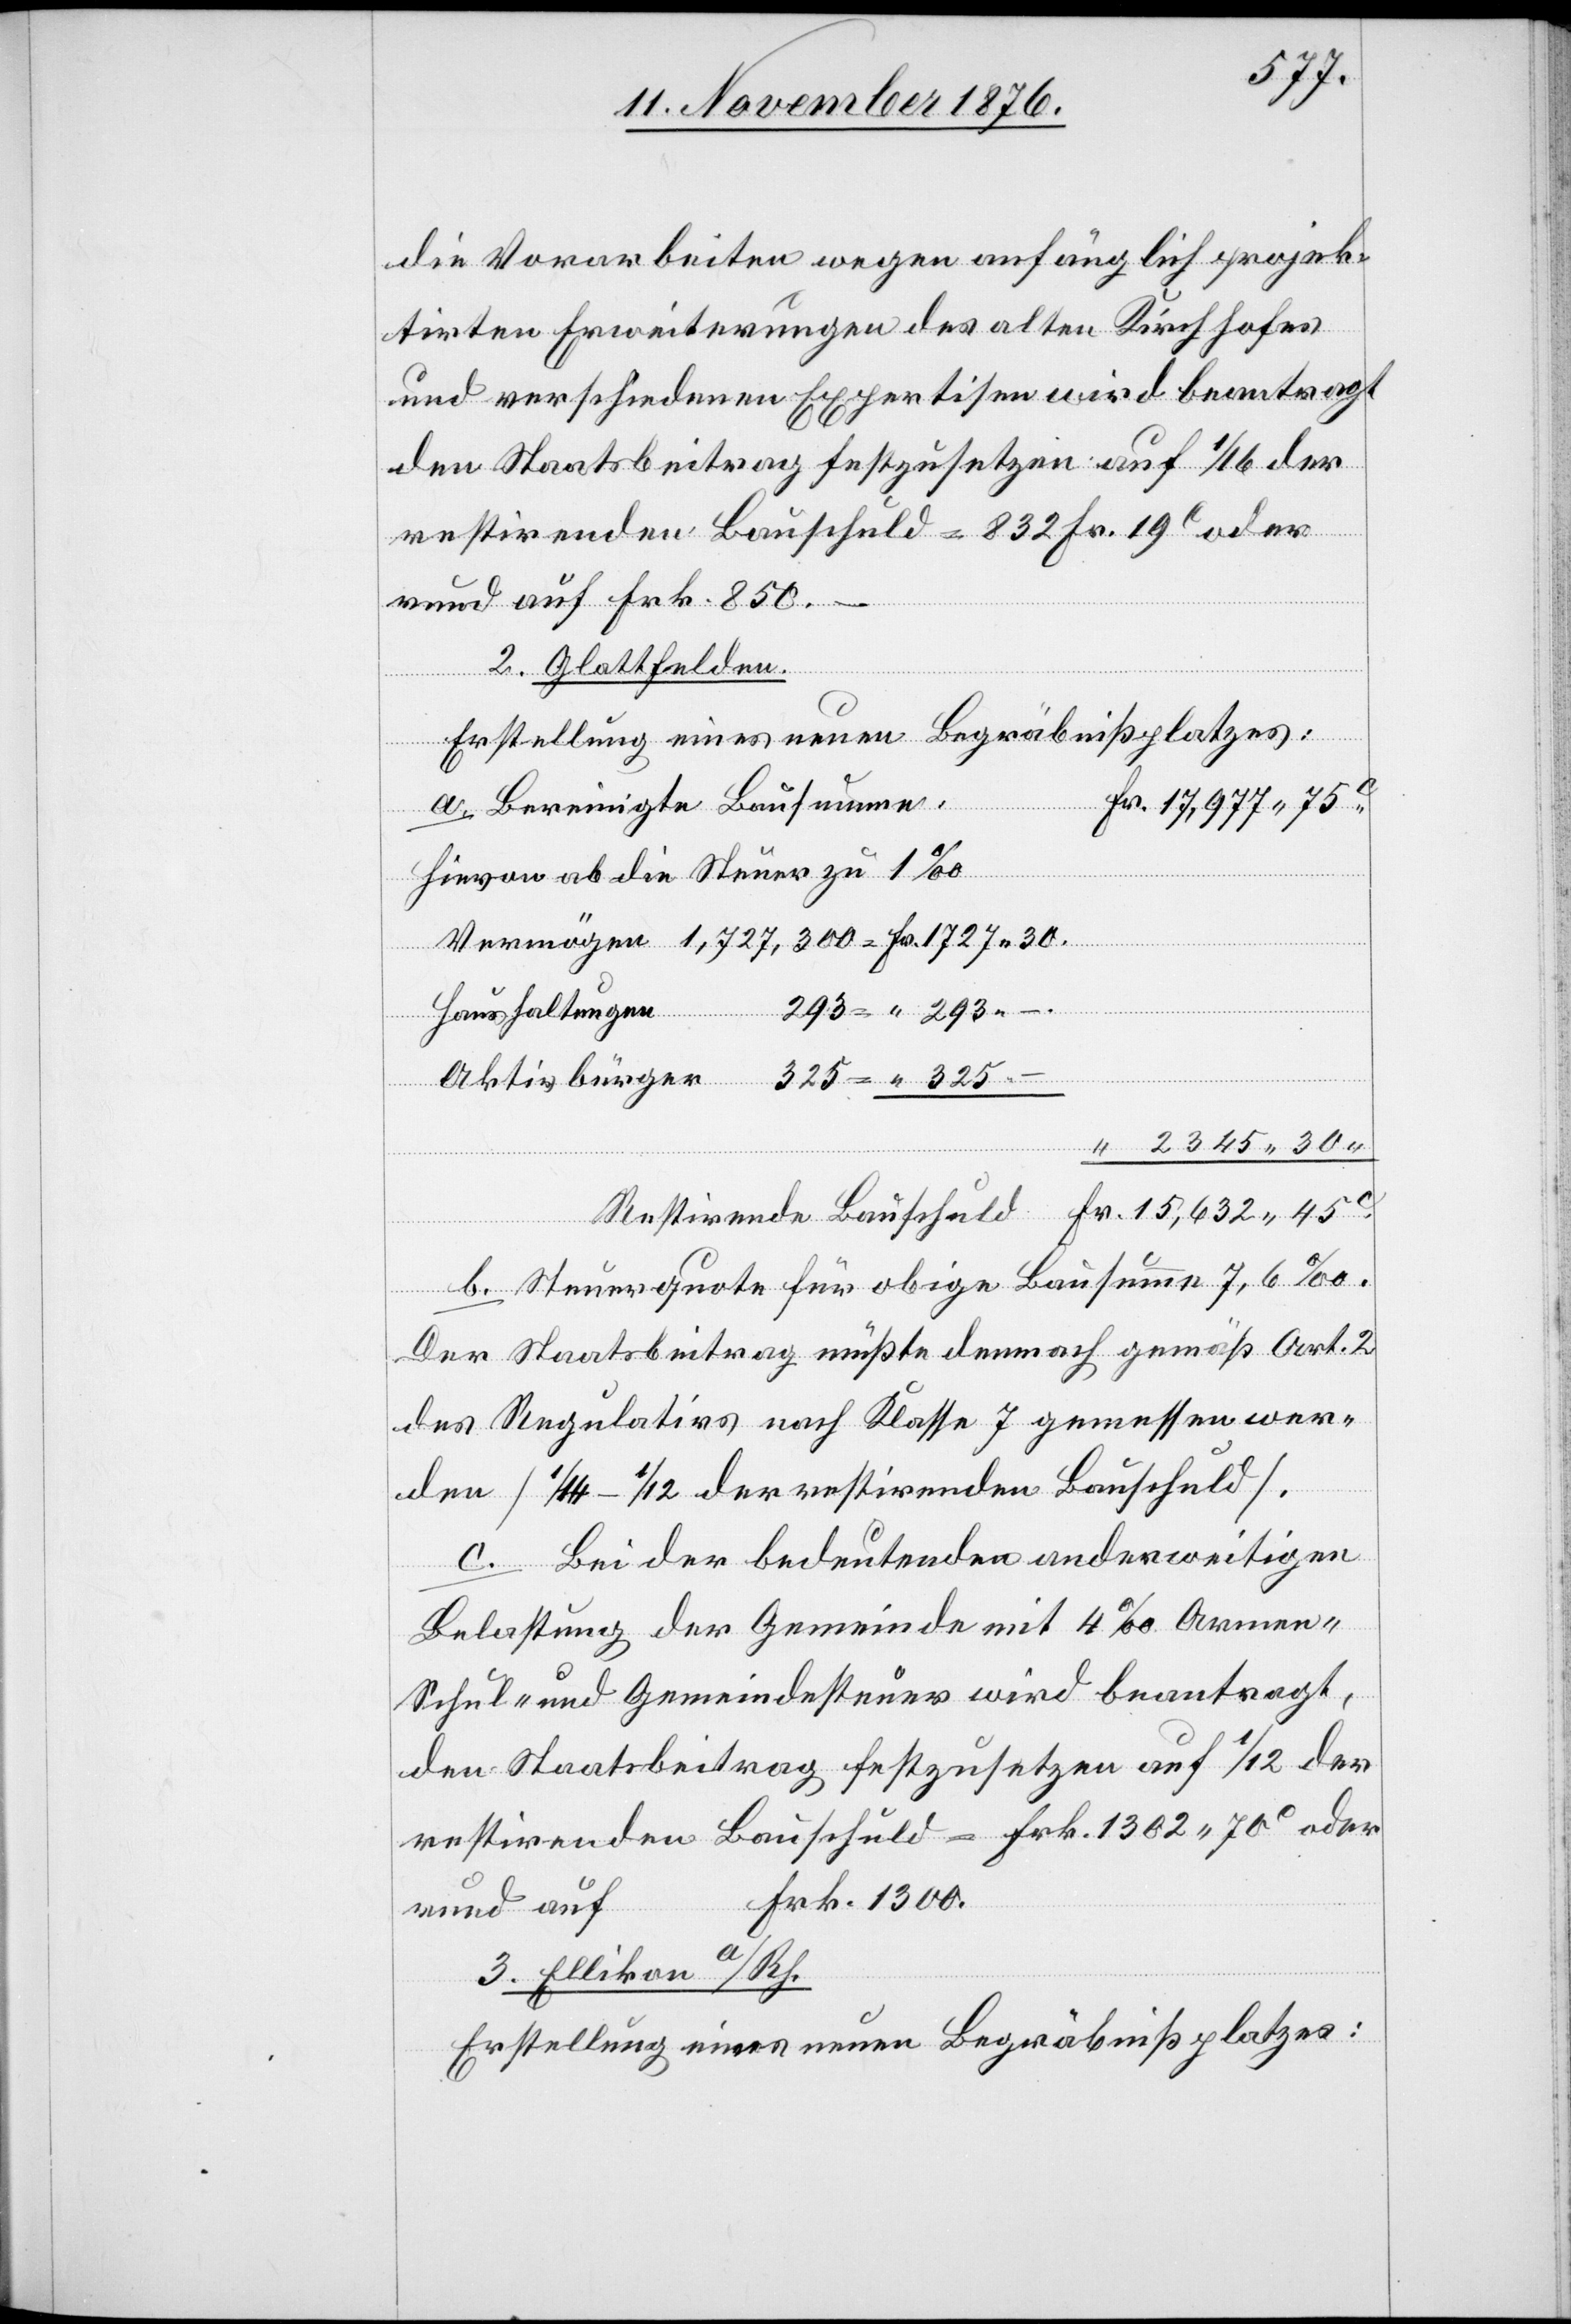
die Vorarbeiten wegen anfänglich projek¬
tirten Erweiterungen des alten Kirchhofes
und verschiedenen Expertisen wird beantragt
den Staatsbeitrag festzusetzen auf 1/16 der
ngen
restirenden Bauschuld = 832 Fr. 19c oder
rund auf Frk. 850.–
2. Glattfelden.
ende
Erstellung eines neuen Begräbnißplatzes
a. Bereinigte Bausumme
Fr.
Hievon ab die Steuer zu 1‰
c.
gen
b. Steuerquote für obige Bausumme 7,6‰.
Der Staatsbeitrag müßte demnach gemäß Art. 2
des Regulativs nach Klasse 7 gemessen wer¬
den [1/14–1/12 der restirenden Bauschuld].
c. Bei der bedeutenden anderweitigen
Belastung der Gemeinde mit 4‰ Armen-[,]
Schul- und Gemeindesteuer wird beantragt,
den Staatsbeitrag festzusetzen auf 1/12 der
restirenden Bauschuld = Frk. 1302 70c oder
Frk. 1300.
rund auf
3. Ellikon a/Rh.
Erstellung eines neuen Begräbnißplatzes: